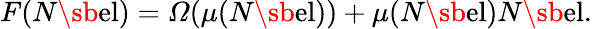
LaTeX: \begin{array}{r}{F(N\sb{\textnormal{el}})=\varOmega(\mu(N\sb{\textnormal{el}}))+\mu(N\sb{\textnormal{el}})N\sb{\textnormal{el}}.}\end{array}